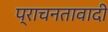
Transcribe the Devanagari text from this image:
प्राचनतावादी